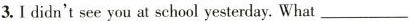
3.I didn't see you at school yesterday. What___